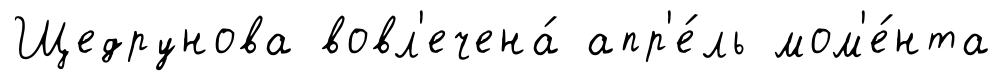
Щедрунова вовл'ечена́ апр'е́ль мом'е́нта